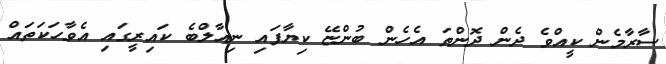
ސާރާމެން ކީއްވެ ދެން ދޮންތަ އެހެން ބުންޏޭ ކިޔާފައި ނިއާލްބެ ކައިރީގައި އެވާހަކަތައް